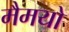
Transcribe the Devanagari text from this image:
मैमयो